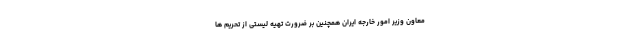
معاون وزیر امور خارجه ایران همچنین بر ضرورت تهیه لیستی از تحریم ها